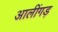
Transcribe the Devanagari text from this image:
आलींगड़